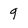
Character: 9